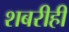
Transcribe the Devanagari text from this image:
शबरीही